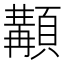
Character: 顜